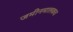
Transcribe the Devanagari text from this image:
जमीनमालकच